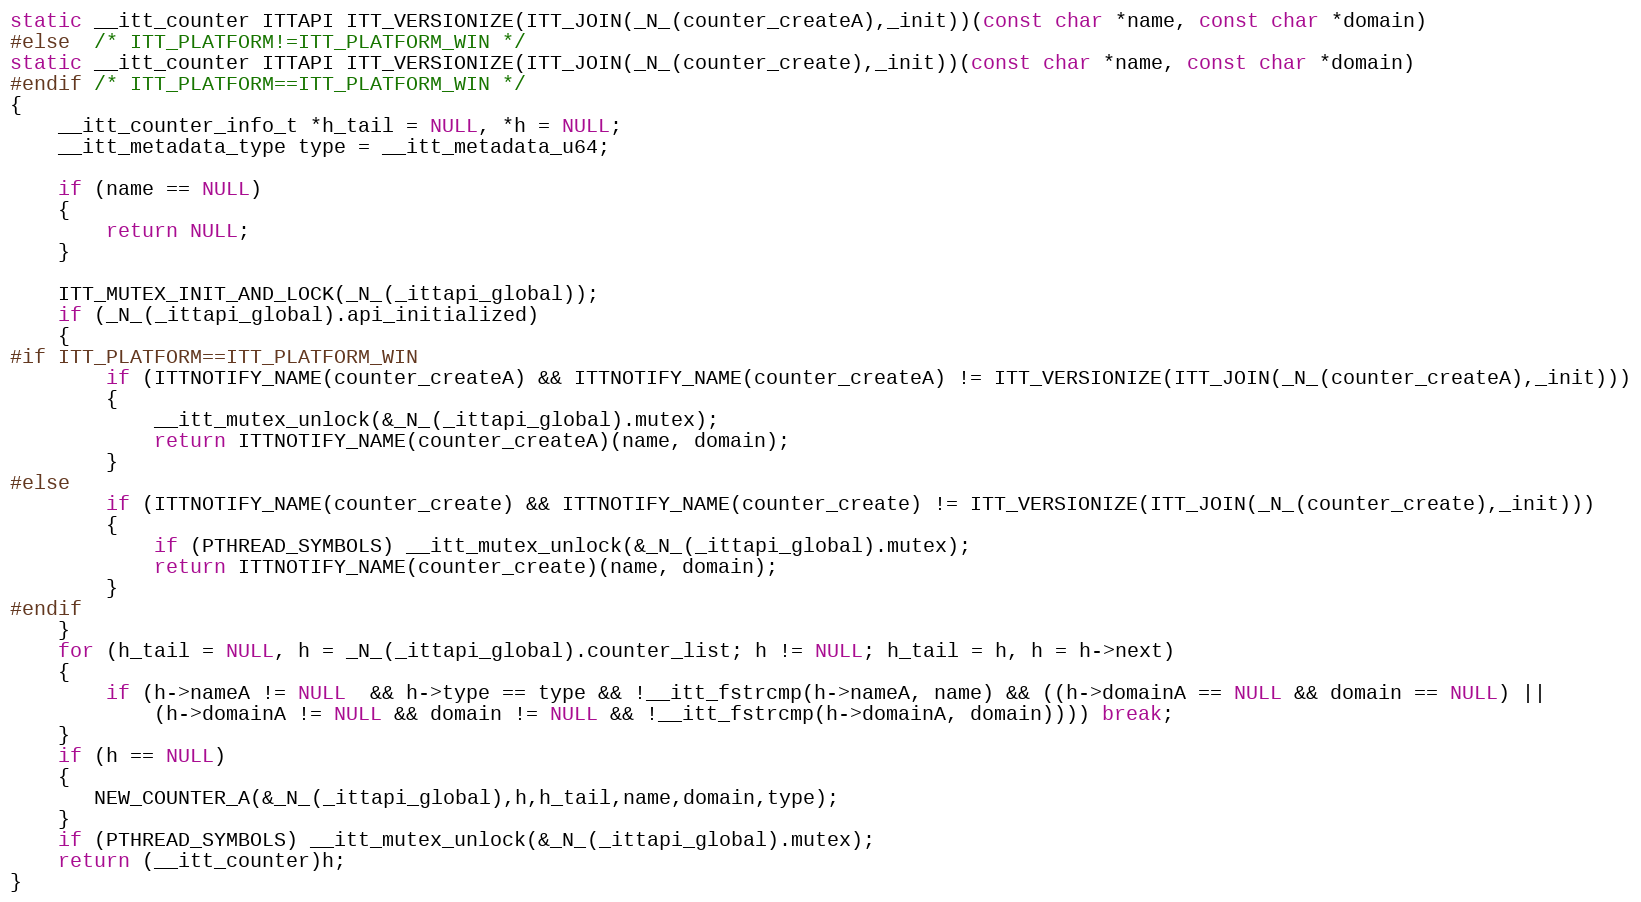
Language: C
static __itt_counter ITTAPI ITT_VERSIONIZE(ITT_JOIN(_N_(counter_createA),_init))(const char *name, const char *domain)
#else  /* ITT_PLATFORM!=ITT_PLATFORM_WIN */
static __itt_counter ITTAPI ITT_VERSIONIZE(ITT_JOIN(_N_(counter_create),_init))(const char *name, const char *domain)
#endif /* ITT_PLATFORM==ITT_PLATFORM_WIN */
{
    __itt_counter_info_t *h_tail = NULL, *h = NULL;
    __itt_metadata_type type = __itt_metadata_u64;

    if (name == NULL)
    {
        return NULL;
    }

    ITT_MUTEX_INIT_AND_LOCK(_N_(_ittapi_global));
    if (_N_(_ittapi_global).api_initialized)
    {
#if ITT_PLATFORM==ITT_PLATFORM_WIN
        if (ITTNOTIFY_NAME(counter_createA) && ITTNOTIFY_NAME(counter_createA) != ITT_VERSIONIZE(ITT_JOIN(_N_(counter_createA),_init)))
        {
            __itt_mutex_unlock(&_N_(_ittapi_global).mutex);
            return ITTNOTIFY_NAME(counter_createA)(name, domain);
        }
#else
        if (ITTNOTIFY_NAME(counter_create) && ITTNOTIFY_NAME(counter_create) != ITT_VERSIONIZE(ITT_JOIN(_N_(counter_create),_init)))
        {
            if (PTHREAD_SYMBOLS) __itt_mutex_unlock(&_N_(_ittapi_global).mutex);
            return ITTNOTIFY_NAME(counter_create)(name, domain);
        }
#endif
    }
    for (h_tail = NULL, h = _N_(_ittapi_global).counter_list; h != NULL; h_tail = h, h = h->next)
    {
        if (h->nameA != NULL  && h->type == type && !__itt_fstrcmp(h->nameA, name) && ((h->domainA == NULL && domain == NULL) ||
            (h->domainA != NULL && domain != NULL && !__itt_fstrcmp(h->domainA, domain)))) break;
    }
    if (h == NULL)
    {
       NEW_COUNTER_A(&_N_(_ittapi_global),h,h_tail,name,domain,type);
    }
    if (PTHREAD_SYMBOLS) __itt_mutex_unlock(&_N_(_ittapi_global).mutex);
    return (__itt_counter)h;
}